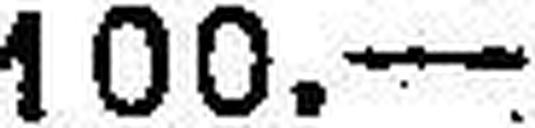
100.—